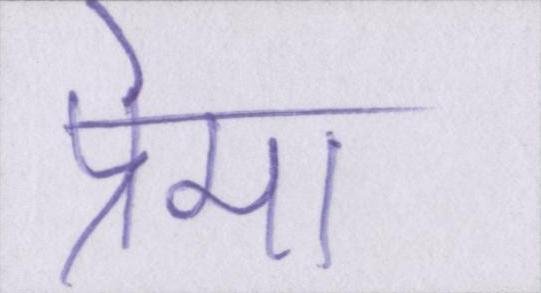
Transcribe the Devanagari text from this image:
प्रेमा